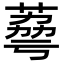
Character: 𦴾